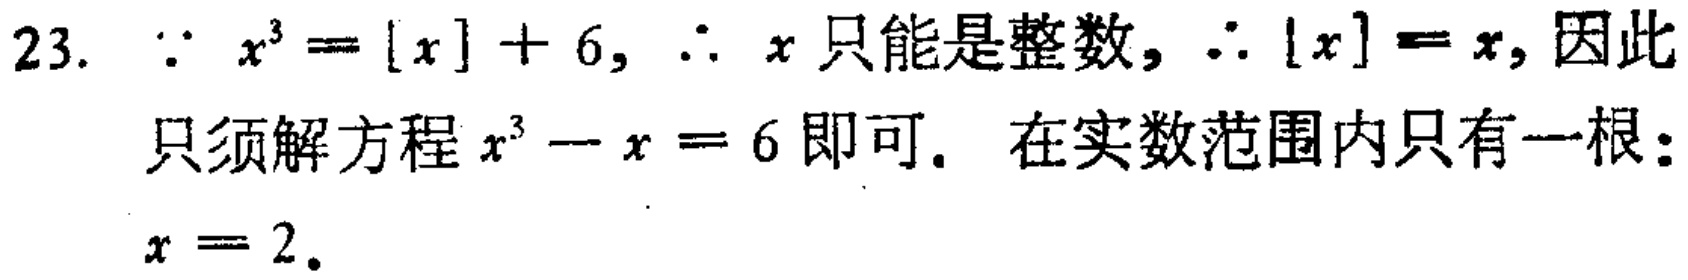
23. $\because x^{3}=[x]+6$, $\therefore x$ 只能是整数, $\therefore [x]=x$, 因此只须解方程 $x^{3}-x = 6$ 即可. 在实数范围内只有一根：$x = 2$.